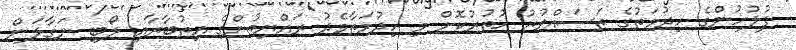
ފުލުހުންގެ ހިދުމަތުގެ ތަސައްވުރު ހުތުރުކޮށް މި ހިދުމަތާމެދު ރައްޔިތުންގެ އިތުބާރާއި ލޯބި ނަގާލަން